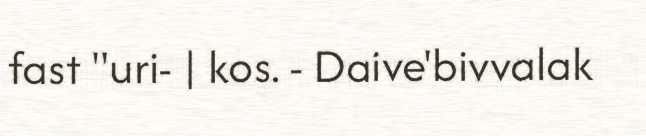
fast "uri- | kos. - Daive'bivvalak